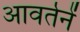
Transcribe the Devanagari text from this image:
आवर्तनें